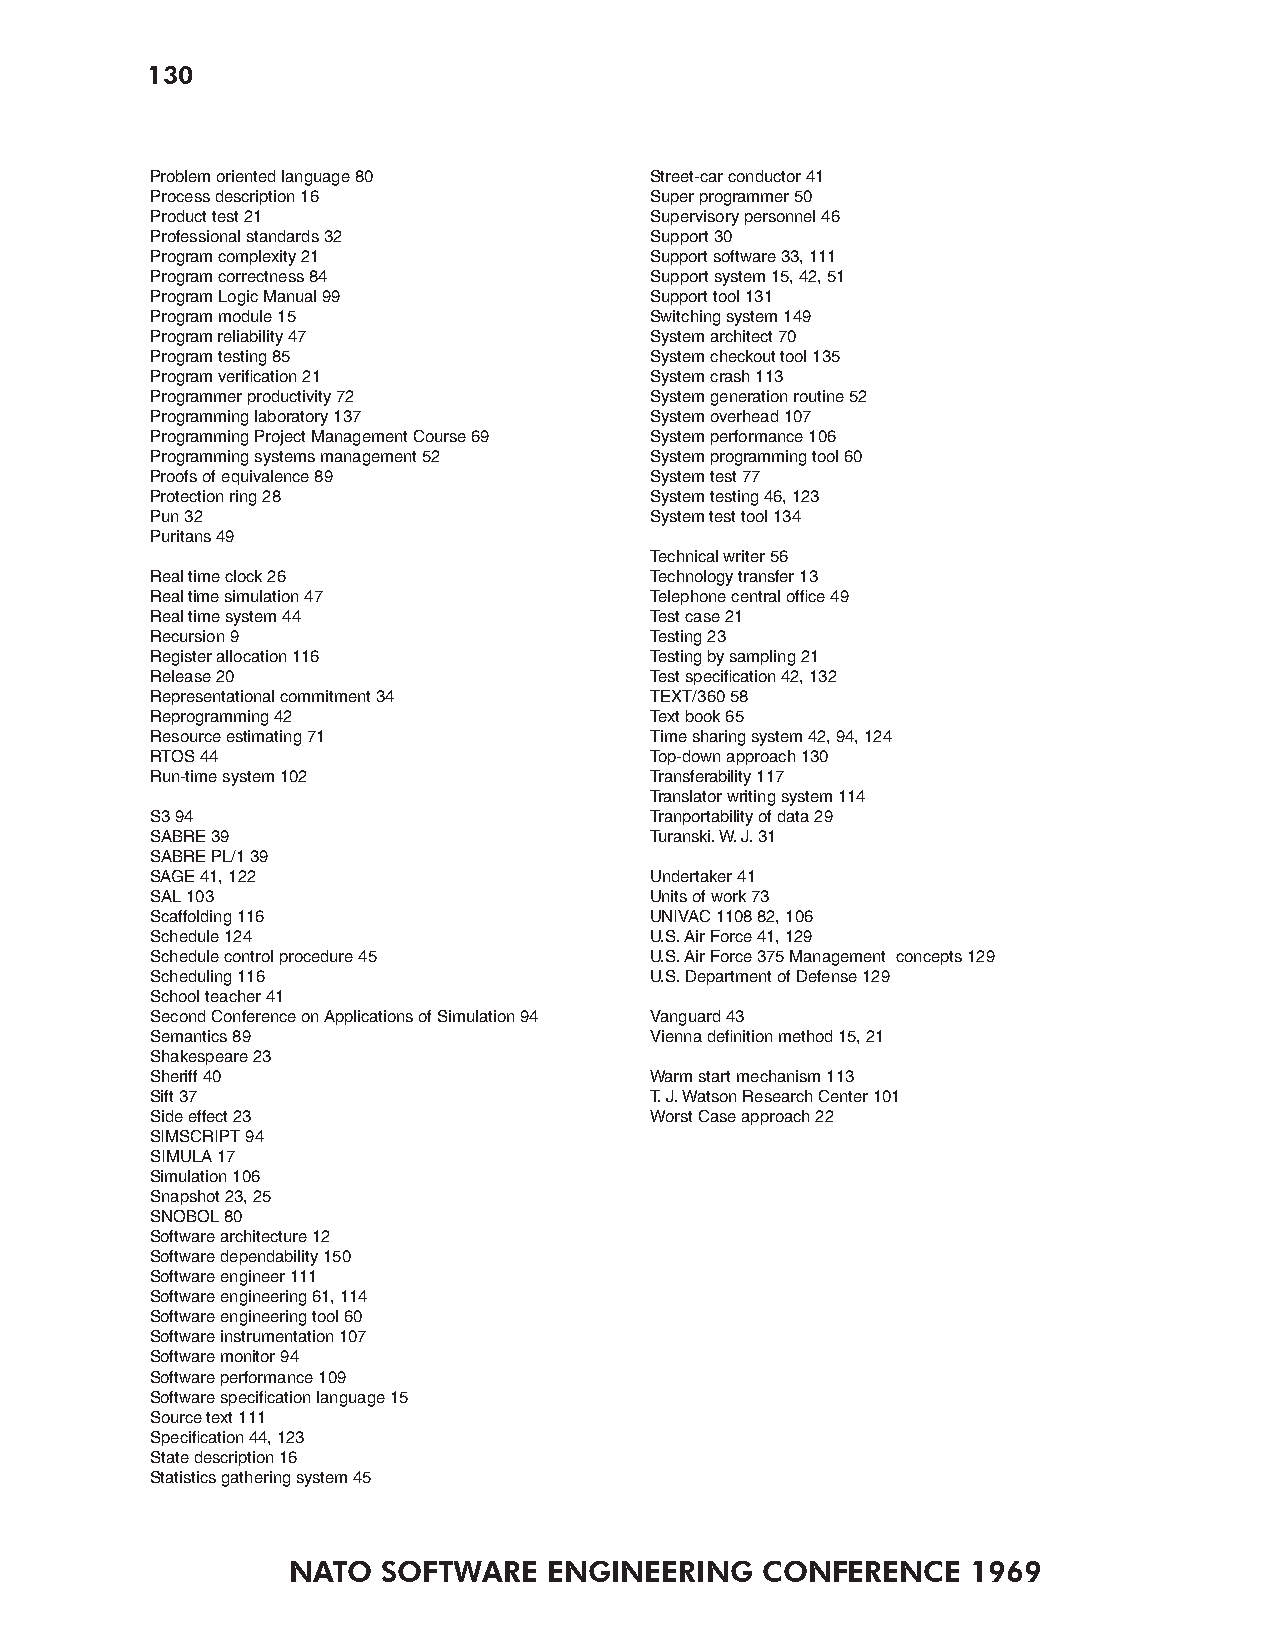
130
 Problem oriented language 80     Street-car conductor 41
 Process description 16           Super programmer 50
 Product test 21                  Supervisory personnel 46
 Professional standards 32        Support 30
 Program complexity 21            Support software 33, 111
 Program correctness 84           Support system 15, 42, 51
 Program Logic Manual 99          Support tool 131
 Program module 15                Switching system 149
 Program reliability 47           System architect 70
 Program testing 85               System checkout tool 135
 Program verification 21          System crash 113
 Programmer productivity 72       System generation routine 52
 Programming laboratory 137       System overhead 107
 Programming Project Management Course 69 System performance 106
 Programming systems management 52 System programming tool 60
 Proofs of equivalence 89         System test 77
 Protection ring 28               System testing 46, 123
 Pun 32                           System test tool 134
 Puritans 49
 Technical writer 56
 Real time clock 26               Technology transfer 13
 Real time simulation 47          Telephone central office 49
 Real time system 44              Test case 21
 Recursion 9                      Testing 23
 Register allocation 116          Testing by sampling 21
 Release 20                       Test specification 42, 132
 Representational commitment 34   TEXT/360 58
 Reprogramming 42                 Text book 65
 Resource estimating 71           Time sharing system 42, 94, 124
 RTOS 44                          Top-down approach 130
 Run-time system 102              Transferability 117
 Translator writing system 114
 S3 94                            Tranportability of data 29
 SABRE 39                         Turanski. W. J. 31
 SABRE PL/1 39
 SAGE 41, 122                     Undertaker 41
 SAL 103                          Units of work 73
 Scaffolding 116                  UNIVAC 1108 82, 106
 Schedule 124                     U.S. Air Force 41, 129
 Schedule control procedure 45    U.S. Air Force 375 Management concepts 129
 Scheduling 116                   U.S. Department of Defense 129
 School teacher 41
 Second Conference on Applications of Simulation 94 Vanguard 43
 Semantics 89                     Vienna definition method 15, 21
 Shakespeare 23
 Sheriff 40                       Warm start mechanism 113
 Sift 37                          T. J. Watson Research Center 101
 Side effect 23                   Worst Case approach 22
 SIMSCRIPT 94
 SIMULA 17
 Simulation 106
 Snapshot 23, 25
 SNOBOL 80
 Software architecture 12
 Software dependability 150
 Software engineer 111
 Software engineering 61, 114
 Software engineering tool 60
 Software instrumentation 107
 Software monitor 94
 Software performance 109
 Software specification language 15
 Source text 111
 Specification 44, 123
 State description 16
 Statistics gathering system 45
 NATO  SOFTWARE   ENGINEERING   CONFERENCE    1969